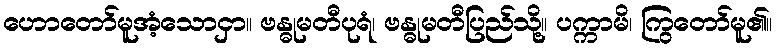
ဟောတော်မူအံ့သောငှာ။ ဗန္ဓုမတီပုရံ၊ ဗန္ဓုမတီပြည်သို့။ ပက္ကာမိ၊ ကြွတော်မူ၏။